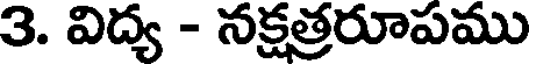
3. విద్య - నక్షత్రరూపము